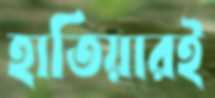
হাতিয়ারই